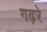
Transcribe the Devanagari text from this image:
गढ़रे